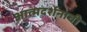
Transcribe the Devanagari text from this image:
आत्मदर्शनाची